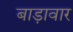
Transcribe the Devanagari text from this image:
बाड़ावार